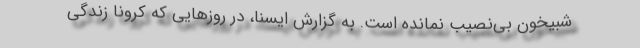
شبیخون بی‌نصیب نمانده است. به گزارش ایسنا، در روزهایی که کرونا زندگی